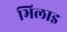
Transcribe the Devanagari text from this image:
भिलाइ